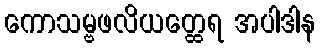
ကောသမ္ဗဖလိယတ္ထေရ အပါဒါန